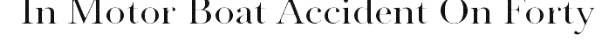
In Motor Boat Accident On Forty